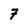
Character: 7